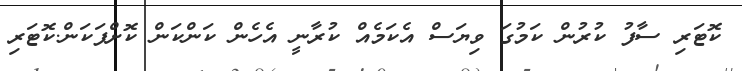
ކޮޓަރި ސާފު ކުރުން ކަމުގަ ވިޔަސް އެކަމެއް ކުރާނީ އެހެން ކަންކަން ކޮށްފަކަން.ކޮޓަރި